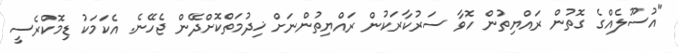
"އުސޫލެއްގެ ގޮތުން ރައްޔިތުން ހޮވާ ސަރުކާރަކުން ރައްޔިތުންނަށް ޚިދުމަތްކޮށްދޭން ޖެހޭނެ. އެކަމަކު ޑިމޮކްރެސީ